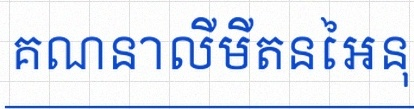
គណនាលីមីតនៃអនុគមន៍ខាងក្រោម